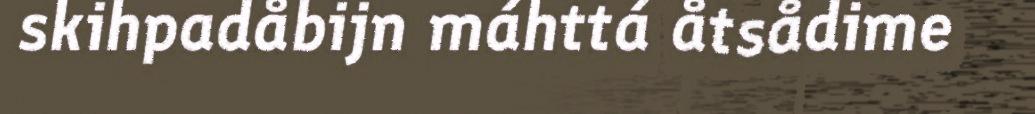
skihpadåbijn máhttá åtsådime